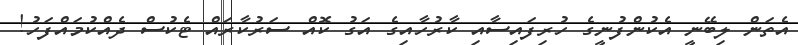
އެތަން ލިބޭނީ އެކުންފުނީގެ ހުރިފައިސާއި ކާރުހާއިގެ އަގު ކޮއް ސަރުކާރައް ޓެކުސް ދެއްކުމައްފަހު!